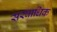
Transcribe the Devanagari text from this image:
सरवाधिक